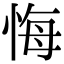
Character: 悔